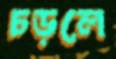
চড়লে